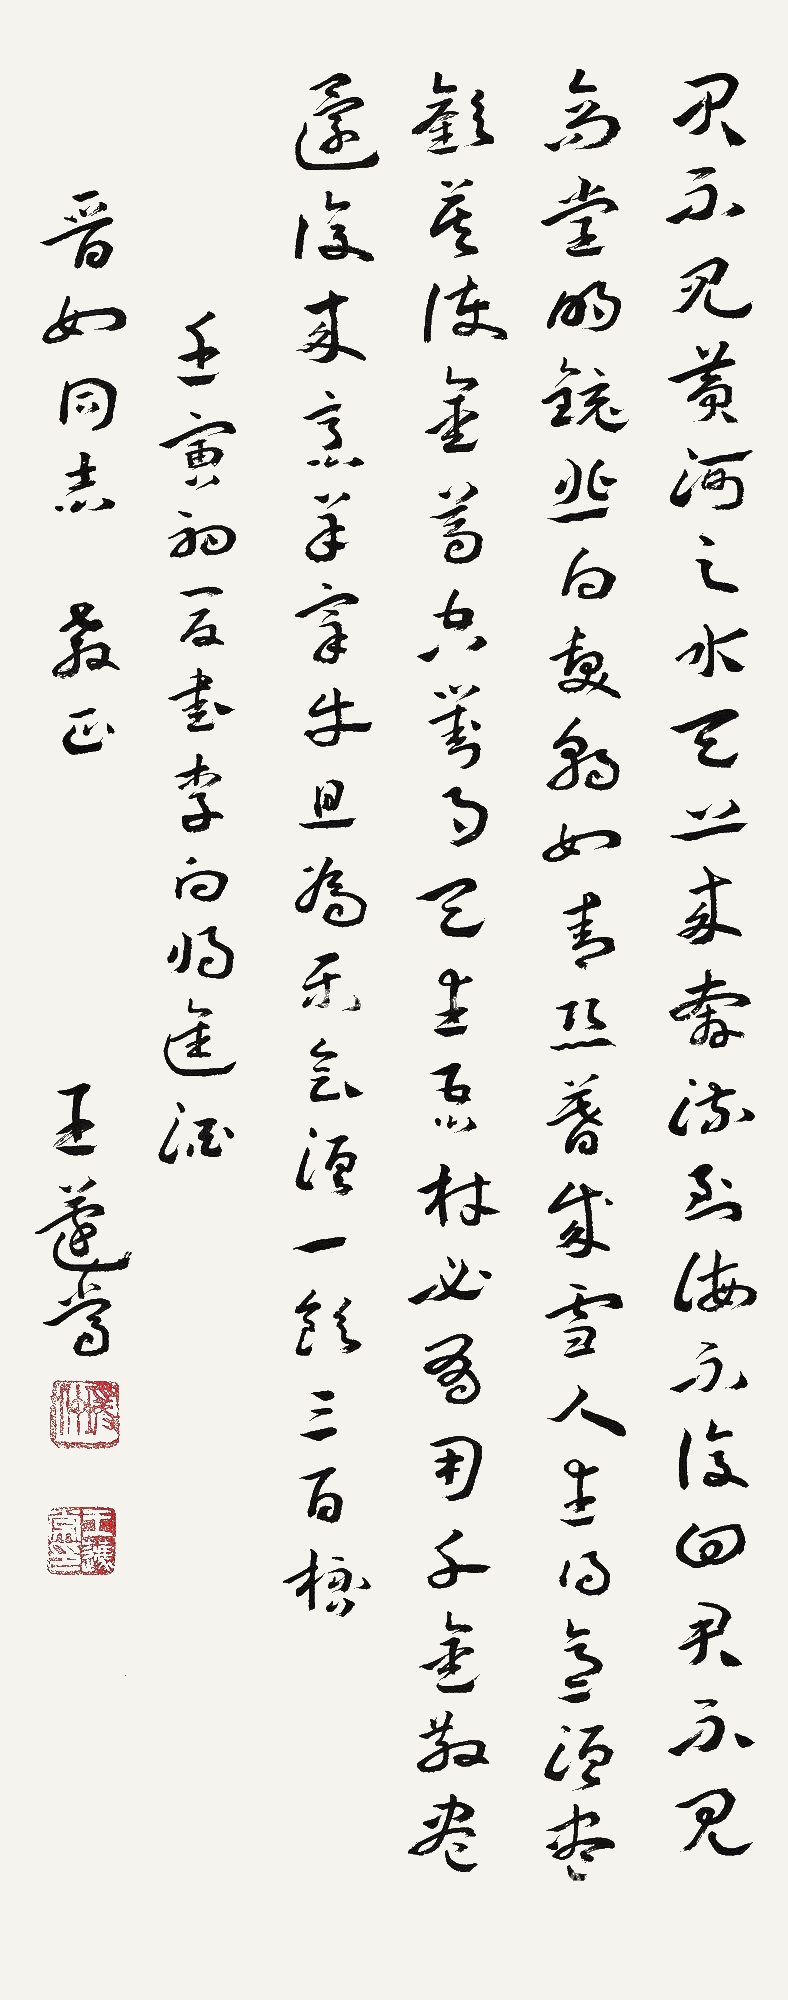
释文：君不见，黄河之水天上来，奔流到海不复回。君不见，高堂明镜悲白发，朝如青丝暮成雪。人生得意须尽欢，莫使金樽空对月。天生我材必有用，千金散尽还复来。烹羊宰牛且为乐，会须一饮三百杯。壬寅初夏书李白将进酒，晋如同志教正。王蘧常。